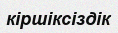
кіршіксіздік